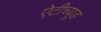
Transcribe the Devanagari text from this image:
ऐटीच्यूड